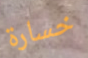
خسارة